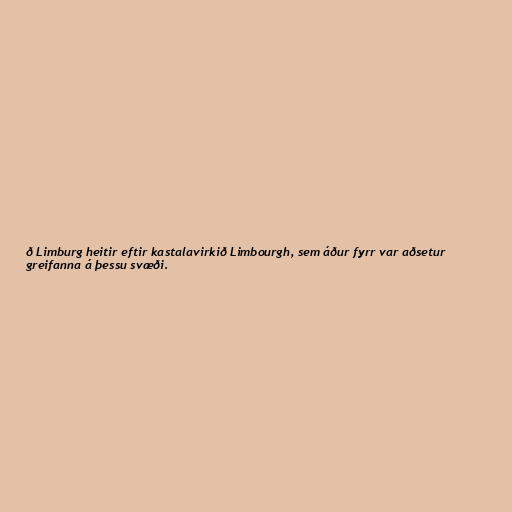
ð Limburg heitir eftir kastalavirkið Limbourgh, sem áður fyrr var aðsetur
greifanna á þessu svæði.